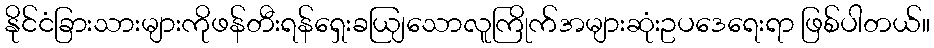
နိုင်ငံခြားသားများကိုဖန်တီးရန်ရှေးခယျြသောလူကြိုက်အများဆုံးဥပဒေရေးရာ ဖြစ်ပါတယ်။